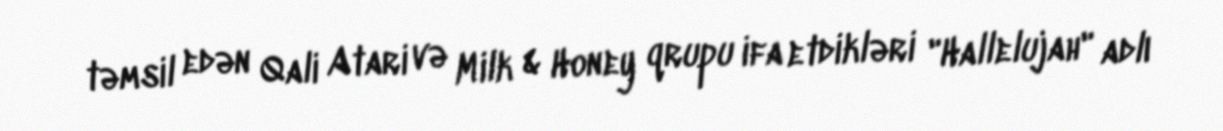
təmsil edən Qali Atari və Milk & Honey qrupu ifa etdikləri "Hallelujah" adlı